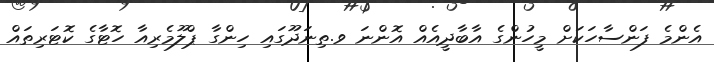
އެންމެ ފަންސާހަކަށް މީހުންގެ އާބާދީއެއް އޮންނަ ވ.ތިނަދޫގައި ހިންގާ ޕްލޫމެރިއާ ހޮޓާގެ ކޮޓަރިތައް